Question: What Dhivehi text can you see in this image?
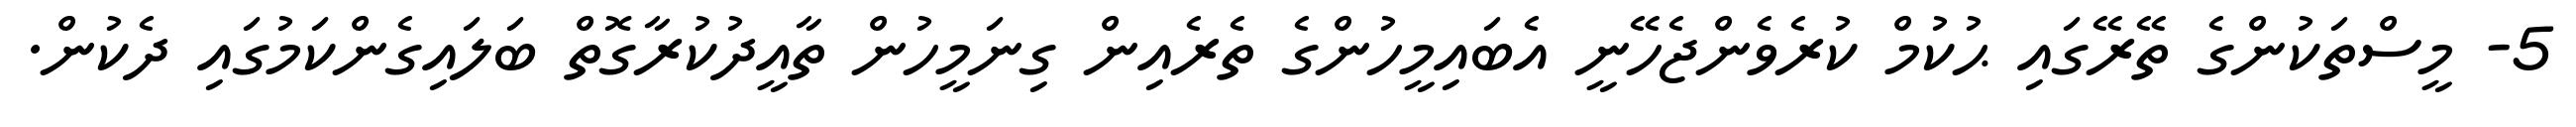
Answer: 5- މީސްތަކުންގެ ތޭރޭގައި ޙުކުމް ކުރެވެންޖެހޭނީ އެބައިމީހުންގެ ތެރެއިން ގިނަމީހުން ތާއީދުކުރާގޮތް ބަލައިގެންކަމުގައި ދެކުން.